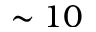
\sim 1 0